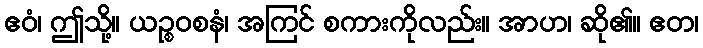
ဧဝံ၊ ဤသို့။ ယဉ္စဝစနံ၊ အကြင် စကားကိုလည်း။ အာဟ၊ ဆို၏။ ဧတ၊